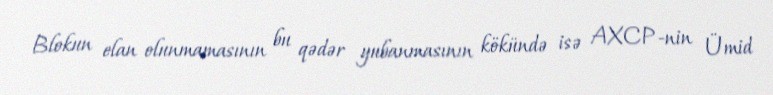
Blokun elan olunmamasının bu qədər yubanmasının kökündə isə AXCP-nin Ümid